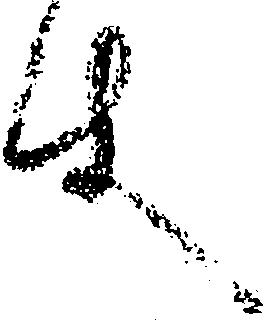
件